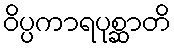
ဝိပ္ပကာရပုစ္ဆာတိ